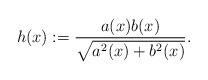
LaTeX: \begin{align*}h (x) := \frac{a(x) b (x)}{\sqrt{a^2 (x)+b^2 (x)}}.\end{align*}